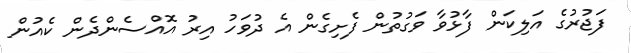
ފަޖުރުގެ އަލިކަން ފާޅުވާ ވަގުތުން ފެށިގެން އެ ދުވަހު އިރު އޮއްސެންދެން ކެއުން